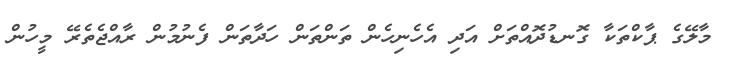
މާލޭގެ ޕާކްތަކާ ގޮނޑުދޮއްތަށް އަދި އެހެނިހެން ތަންތަން ހަދާތަން ފެނުމުން ރާއްޖެތެރޭ މީހުން